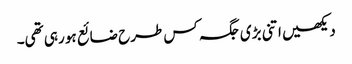
دیکھیں اتنی بڑی جگہ کس طرح ضائع ہو رہی تھی۔